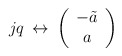
\begin{align*}jq \: \leftrightarrow \: \left( \begin{array}{c} -\tilde{a} \\a \end{array} \right)\end{align*}